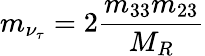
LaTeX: m_{\nu_{\tau}}=2\frac{m_{33}m_{23}}{M_{R}}